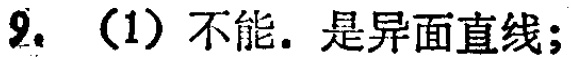
9. （1）不能. 是异面直线;